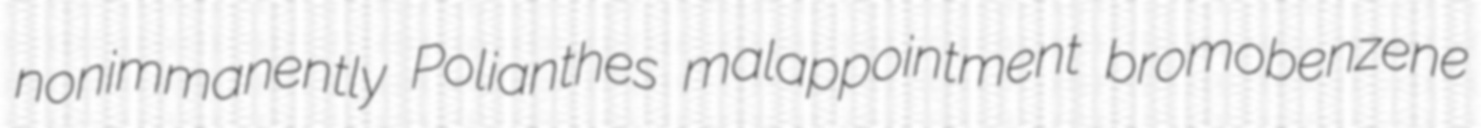
nonimmanently Polianthes malappointment bromobenzene